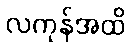
လကုန်အထိ